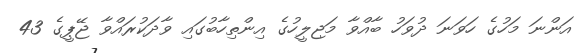
އަންނަ މަހުގެ ހަވަނަ ދުވަހު ބާއްވާ މަޖިލީހުގެ އިންތިހާބުގައި ވާދަކުރައްވާ ޖޭޕީގެ 43